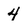
Character: 4